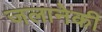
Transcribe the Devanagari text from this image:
जलानेकी